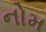
નોમ